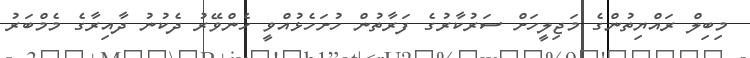
މިބިލް ރައްޔިތުންގެ މަޖިލީހަށް ސަރުކާރުގެ ފަރާތުން ހުށަހެޅުއްވީ ހެންވޭރު ދެކުނު ދާއިރާގެ މެމްބަރު